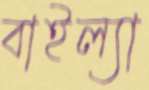
বাইল্যা